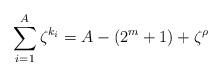
LaTeX: \begin{align*}\sum_{i=1}^A\zeta^{k_i} = A-(2^m+1)+\zeta^\rho\end{align*}